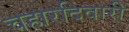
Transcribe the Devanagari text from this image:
चहारदिवारी